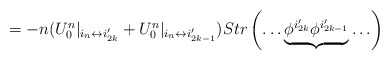
\begin{align*}=-n( U^n_0|_{i_n\leftrightarrow i_{2k}'}+U^n_0|_{i_n\leftrightarrow i_{2k-1}'})Str\left(\ldots \underbrace{\phi^{i_{2k}'}\phi^{i_{2k-1}'}}\ldots \right)\end{align*}